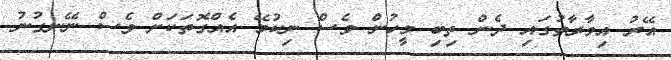
އޭރު އިމާރާތުގައި ދެން ތިބި މީހުން ވެސް ނިކުމޭ އެއްގޮތަކަށް ވެސް ނޭނގުނު